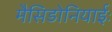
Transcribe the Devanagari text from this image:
मैसिडोनियाईः